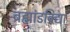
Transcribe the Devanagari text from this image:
ब्रह्मांडविद्या